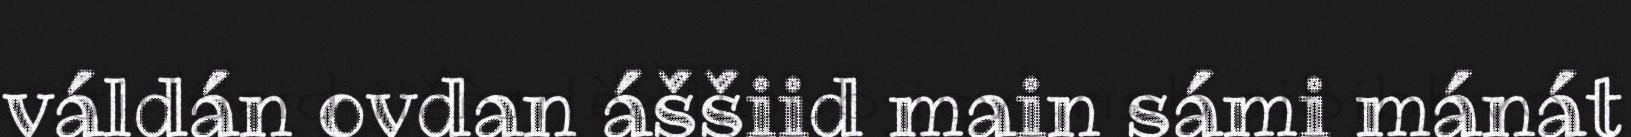
váldán ovdan áššiid main sámi mánát